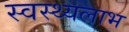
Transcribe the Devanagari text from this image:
स्वस्थ्यलाभ